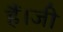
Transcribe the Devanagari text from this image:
हैं।जी